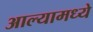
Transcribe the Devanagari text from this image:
आल्यामध्ये